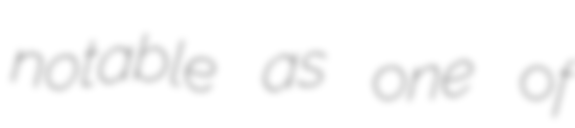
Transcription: notable as one of